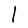
Character: l